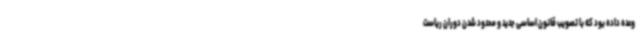
وعده داده بود که با تصویب قانون اساسی جدید و محدود شدن دوران ریاست